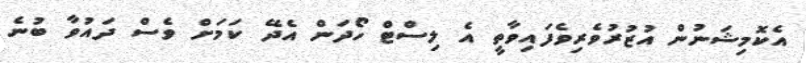
އެކޮމިޝަނުން އުޒުރުވެރިވެފައިވާތީ އެ ލިސްޓް ހޯދަން އެދޭ ކަމަށް ވެސް ދައުވާ ބުނެ